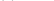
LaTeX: \smash{n^{\mathrm{~t~h~}}}